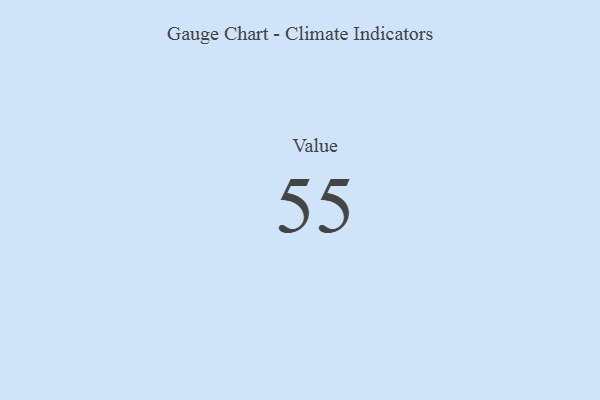
{"axis": {"x": "Metric", "y": "Value"}, "legend": [""], "data": [{"x": "Value", "y": 55, "type": ""}]}